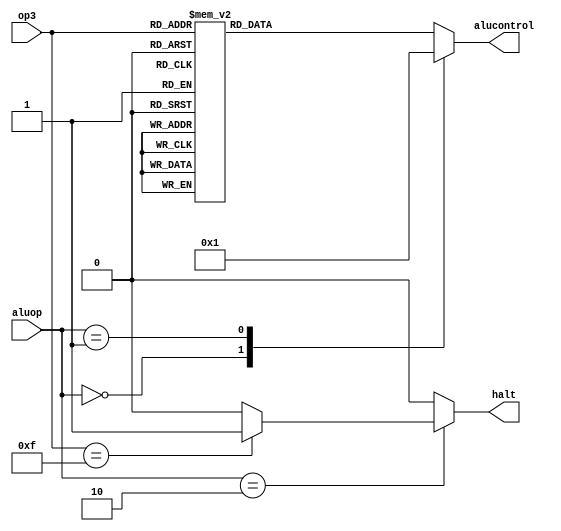
module aludec( input [3:0] op3,
					input [1:0] aluop,
					output [3:0] alucontrol,
					output  halt);
				
//	always @ (*) begin
//		halt <= 0;
//		
//		case(aluop)
//			2'b00: alucontrol <= 4'b0000; //lw add
//			2'b01: alucontrol <= 4'b0001; //branch sub
//			default: 
//				case(op3) 
//					4'b0000: alucontrol <= 4'b0000; //add
//					4'b0001: alucontrol <= 4'b0001; //sub
//					4'b0010: alucontrol <= 4'b0010; //and
//					4'b0011: alucontrol <= 4'b0011; //or
//					4'b0100: alucontrol <= 4'b0100; //xor
//					4'b0101: alucontrol <= 4'b0101; //cmp
//					4'b0110: alucontrol <= 4'b0110; //mov
//					4'b0111: alucontrol <= 4'bxxxx; //reserved
//					4'b1000: alucontrol <= 4'b1000; //sll shift left logical
//					4'b1001: alucontrol <= 4'b1001; //slr shift left rotate
//					4'b1010: alucontrol <= 4'b1010; //srl shift right logical
//					4'b1011: alucontrol <= 4'b1011; //sra shift right arithmetic
//					4'b1100: alucontrol <= 4'b1100; //IN rd
//					4'b1101: alucontrol <= 4'b1101; //OUT rs
//					4'b1110: alucontrol <= 4'bxxxx; //reserved
//					4'b1111:  halt<= 1; //halt() stop meirei
//					default: alucontrol <= 4'bxxxx; //change
//				endcase
//		endcase
//	end
	
	function [3:0] aludecoder;
		input	[3:0] opcode3;
		input [1:0] aluopcode;
	begin
		case(aluopcode)
			2'b00: aludecoder = 4'b0000; //lw add
			2'b01: aludecoder = 4'b0001; //branch sub
			default:
				case(opcode3)
					4'b0000: aludecoder = 4'b0000; //add
					4'b0001: aludecoder = 4'b0001; //sub
					4'b0010: aludecoder = 4'b0010; //and
					4'b0011: aludecoder = 4'b0011; //or
					4'b0100: aludecoder = 4'b0100; //xor
					4'b0101: aludecoder = 4'b0101; //cmp
					4'b0110: aludecoder = 4'b0110; //mov
					4'b0111: aludecoder = 4'bxxxx; //reserved
					4'b1000: aludecoder = 4'b1000; //sll shift left logical
					4'b1001: aludecoder = 4'b1001; //slr shift left rotate
					4'b1010: aludecoder = 4'b1010; //srl shift right logical
					4'b1011: aludecoder = 4'b1011; //sra shift right arithmetic
					4'b1100: aludecoder = 4'b1100; //IN rd
					4'b1101: aludecoder = 4'b1101; //OUT rs
					4'b1110: aludecoder = 4'bxxxx; //reserved
					default: aludecoder = 4'bxxxx; //change
				endcase
		endcase
	end
	endfunction
	
	function haltdecoder;
		input	[3:0] haltopcode3;
		input [1:0] haltaluopcode;
	begin
		case(haltaluopcode)
			2'b10: 
				case(haltopcode3)
					4'b1111: haltdecoder = 1;
					default: haltdecoder = 0;
				endcase
			default: haltdecoder = 0;
		endcase
	end
	endfunction
	
	assign alucontrol = aludecoder(op3, aluop);
	assign halt = haltdecoder(op3, aluop);
	
	
	
	
	
	
	
	
endmodule